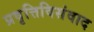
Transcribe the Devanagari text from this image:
प्रवृत्तिविसंवाद